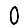
Digit: 0